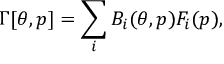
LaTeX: \Gamma [ \theta , p ] = \sum _ { i } B _ { i } ( \theta , p ) F _ { i } ( p ) ,